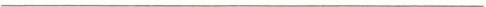
___